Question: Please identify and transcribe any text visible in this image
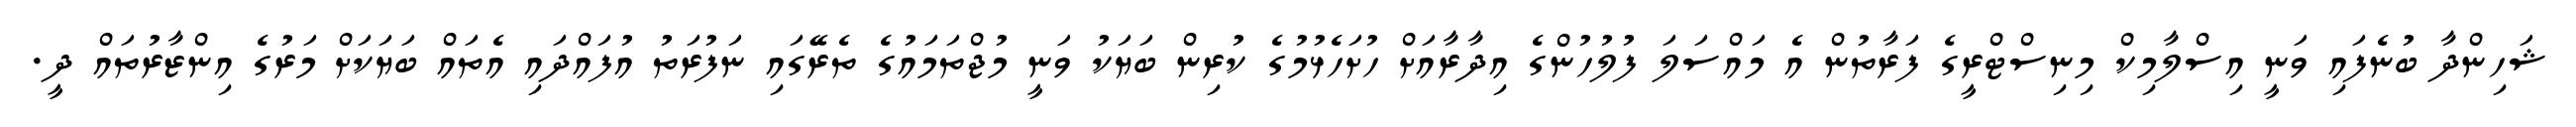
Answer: ޝަހިންދާ ބުނެފައި ވަނީ އިސްލާމިކް މިނިސްޓްރީގެ ފަރާތުން އެ މައްސަލަ ފުލުހުންގެ އިދާރާއަށް ހުށަހެޅުމުގެ ކުރިން ބަޔަކު ވަނީ މުޖްތަމައުގެ ތެރޭގައި ނަފުރަތު އުފައްދައި އެތައް ބަޔަކަށް މަރުގެ އިންޒާރުތައް ދީ.